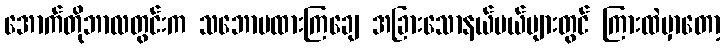
အောက်တိုဘာလတွင်းက သဘောမထားကြချေ အခြားသောနယ်ပယ်များတွင် ကြားထဲမှာတော့